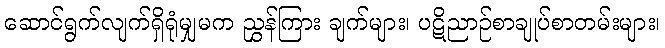
ဆောင်ရွက်လျက်ရှိရုံမျှမက ညွှန်ကြား ချက်များ၊ ပဋိညာဉ်စာချုပ်စာတမ်းများ၊